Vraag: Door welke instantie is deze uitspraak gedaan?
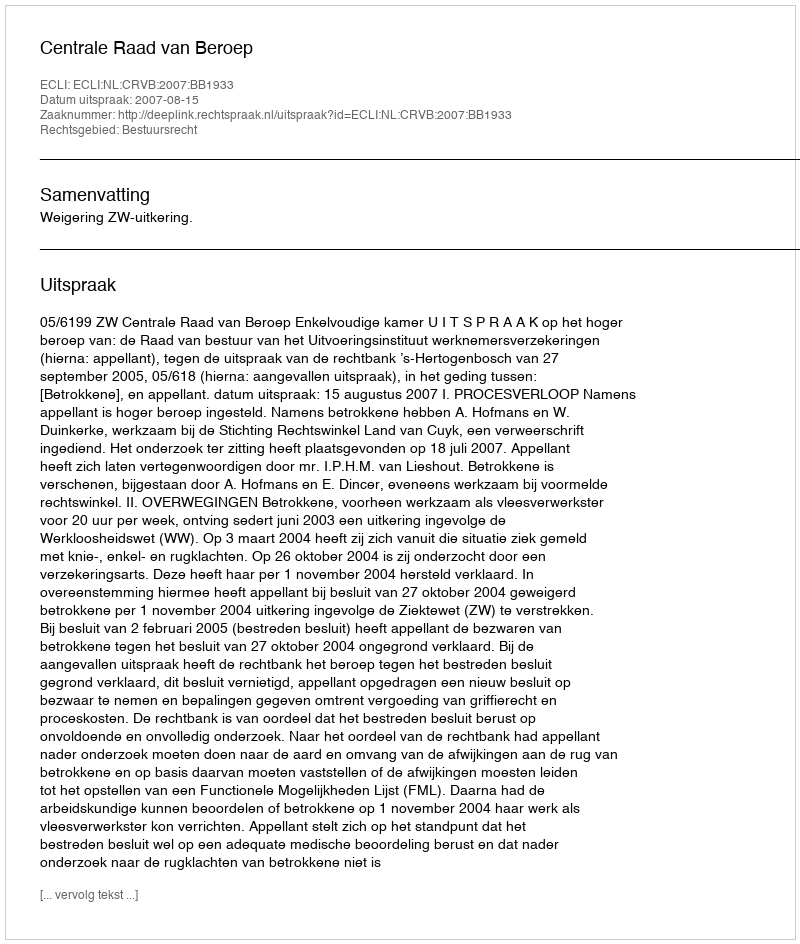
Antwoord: Centrale Raad van Beroep